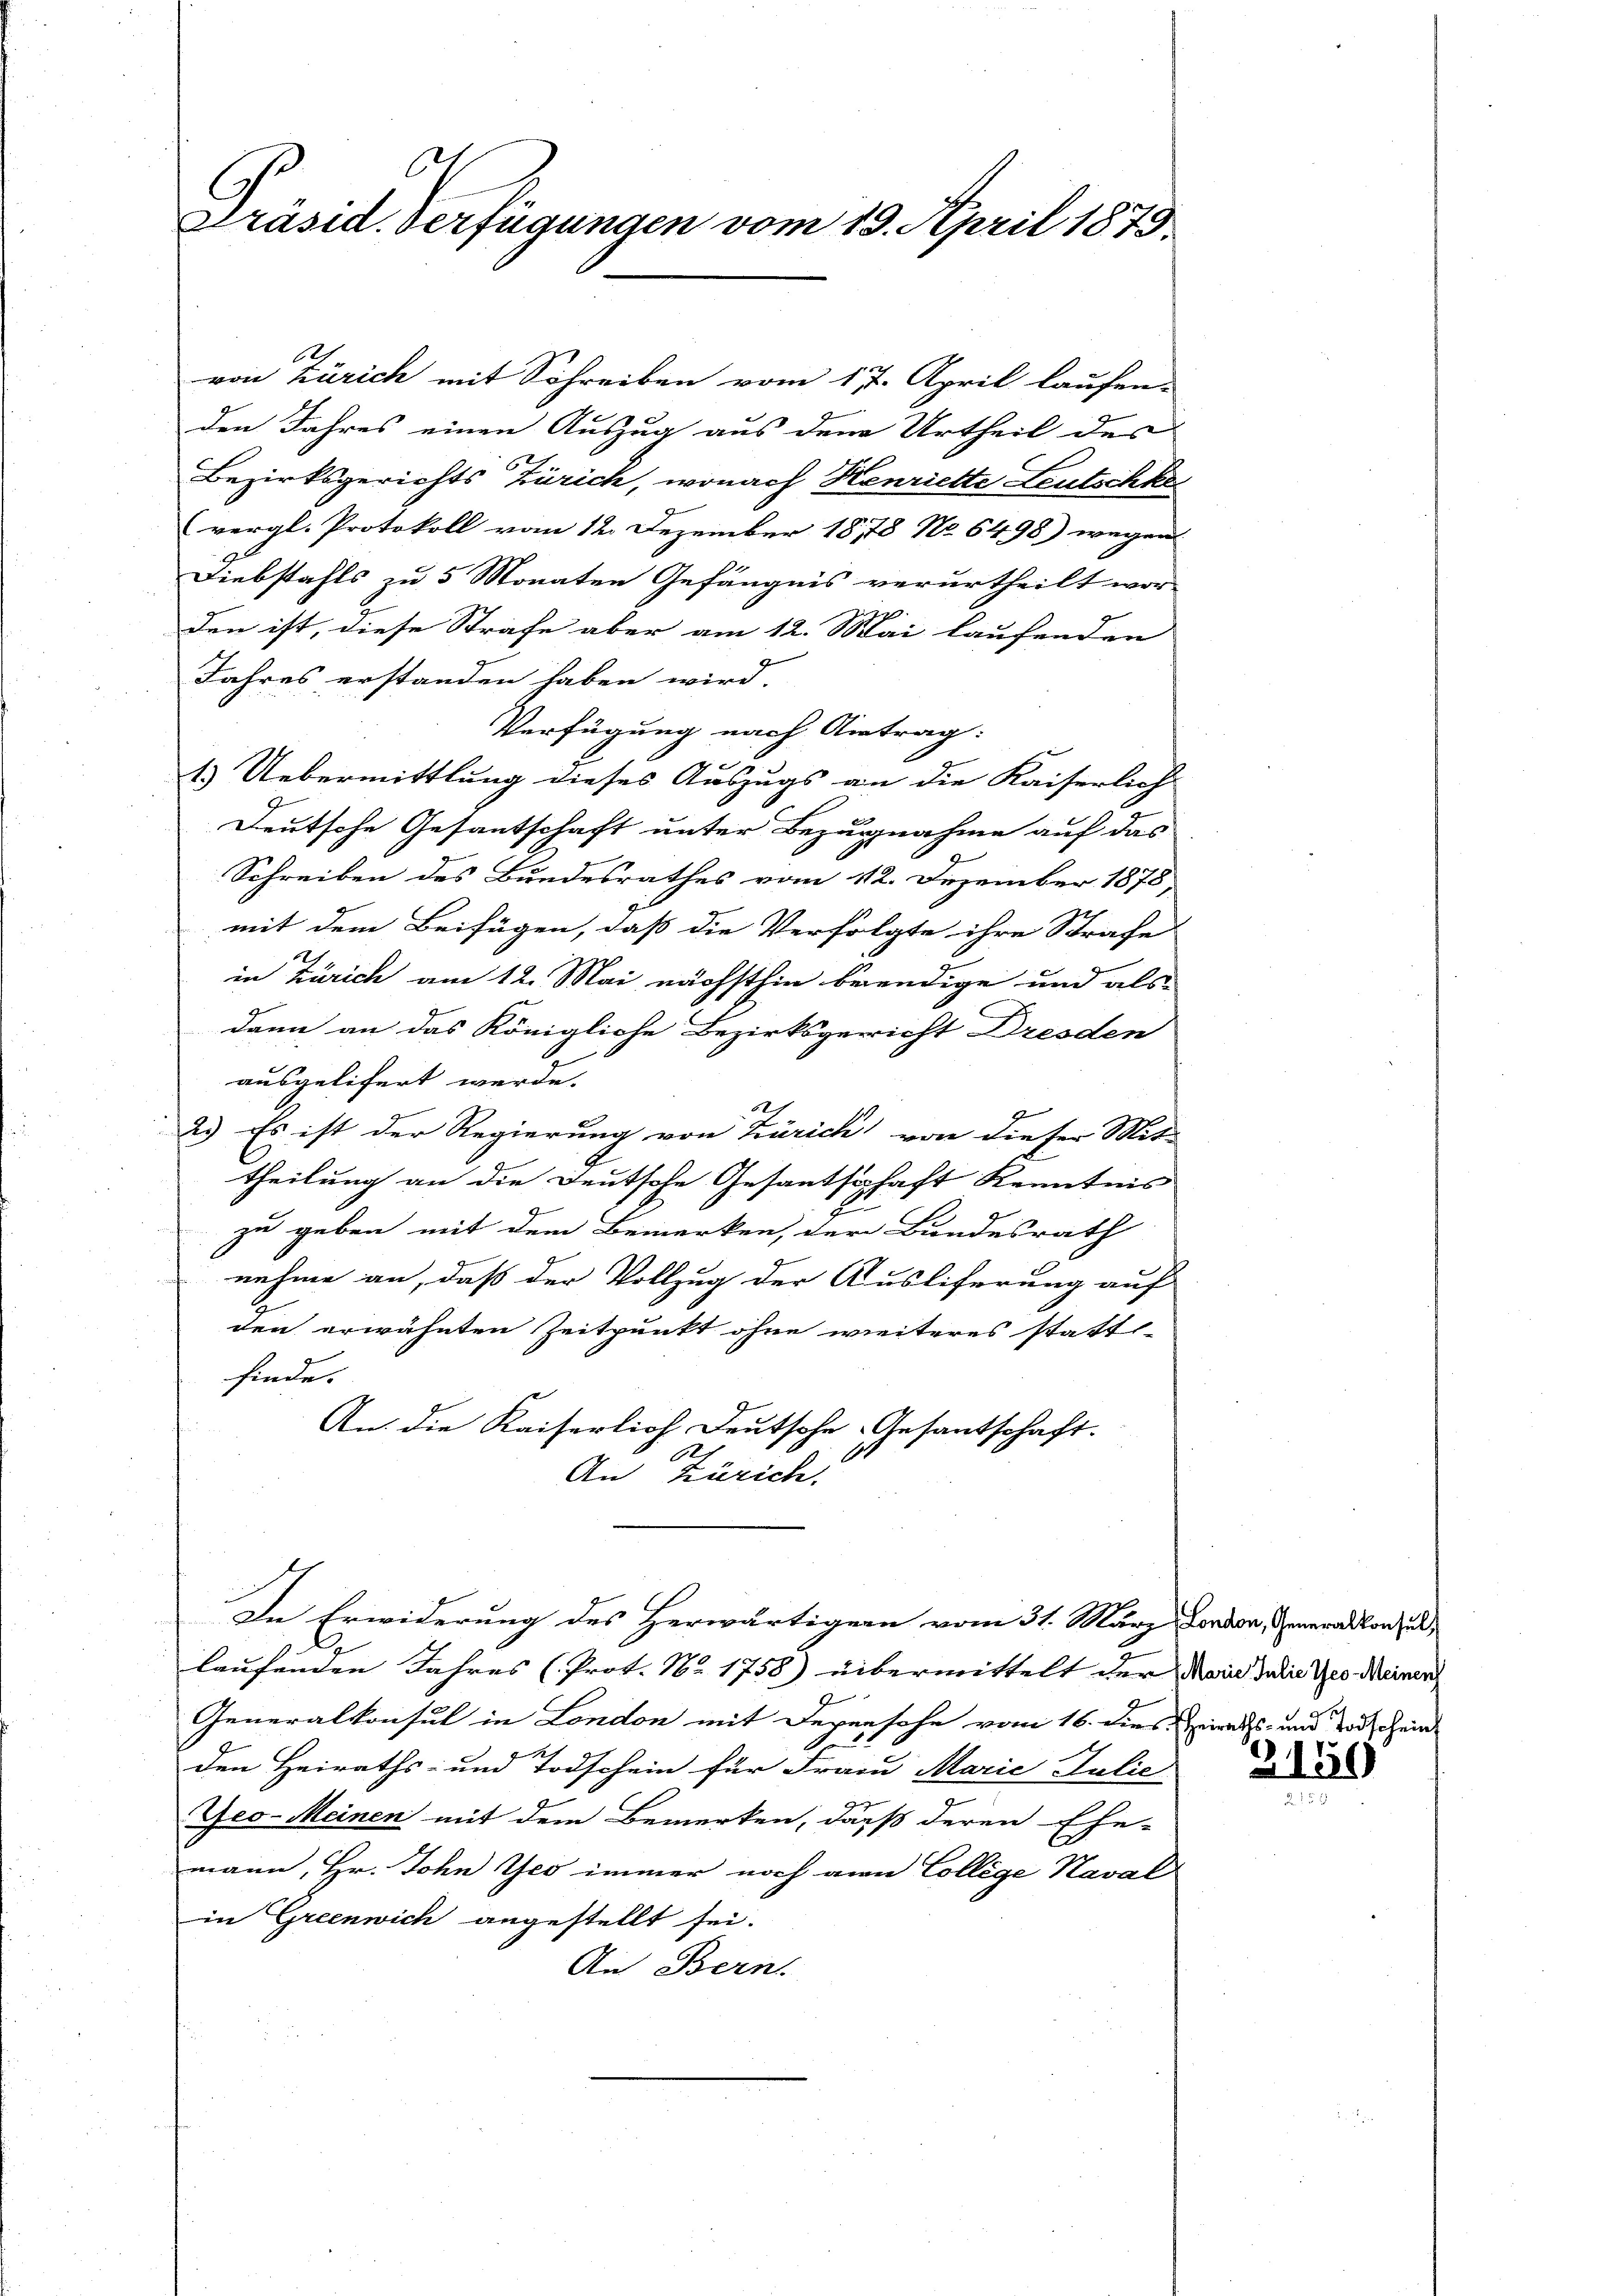
l
Präsid. Verfügungen vom 19. April 1879.

x
von Zürich mit Schreiben vom 17. April laufen.
den Jahres einen Auszug aus dem Urtheil des
2
Bezirksgerichts Zürich, wonach Henriette Leutschke
(vergl. Protokoll vom 12. Dezember 1878 No 6498) wegen
Diebstahls zu 5 Monaten Gefängnis verurtheilt wor-
ge
den ist, diese Strafe aber am 12. Mai laufenden
Jahres erstanden haben wird.
Verfügung nach Antrag:
2
1.) Uebermittlung dieses Auszugs an die Kaiserlich
Deutsche Gesantschaft unter Bezugnahme auf das
Schreiben des Bundesrathes vom 12. Dezember 1878
mit dem Beifügen, daß die Verfolgte ihre Sprache
in Zürich am 12. Mai nächsthin beendige und als
dann an das Königliche Bezirksgericht Dresden
ausgelifert werde.
12
7
2.) Es ist der Regierung von Zürich von dieser Mit-
theilung an die Deutsche Gesantschaft Kenntnis
zu geben mit dem Bemerken, der Bundesrath
nehme an, daß der Vollzug der Ausliferung auf
den erwähnten Zeitpunkt ohne weiteres stattfinde.
An die Kaiserlich Deutsche Gesantschaft.
6
An Zürich.
In Erwiderung des Herwärtigern vom 31. März London, Generalkon zu
laufenden Jahres (Prot. No. 1758) übermittelt der Meine datie des Meinen
Generalkonsul in London mit Degensche vom 16. dies Heirats- und Todschein

den Heiraths- und Todschein für Frau Marie Julie
J
Geo-Meinen mit dem Bemerken, daß deren Ehe-
mann, Hr. John Geo immer noch ain College Naval
in Greenwich angestellt sei.
An Bern.

2150